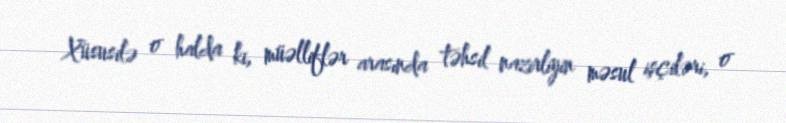
Xüsusilə o halda ki, müəlliflər arasında təhsil nazirliyin məsul işçiləri, o